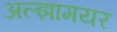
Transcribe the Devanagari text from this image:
अल्झामयर